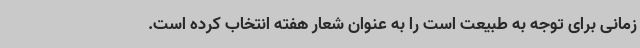
زمانی برای توجه به طبیعت است را به عنوان شعار هفته انتخاب کرده است.